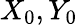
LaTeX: X_{0},Y_{0}